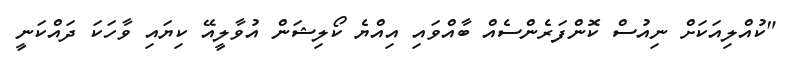
"ކުއްލިއަކަށް ނިއުސް ކޮންފަރެންސެއް ބާއްވައި އިއްޔެ ކޯލިޝަން އުވާލީއޭ ކިޔައި ވާހަކަ ދައްކަނީ